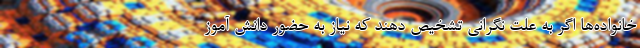
خانواده‌ها اگر به علت نگرانی تشخیص دهند که نیاز به حضور دانش آموز